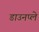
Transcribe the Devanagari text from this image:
डाउनप्ले